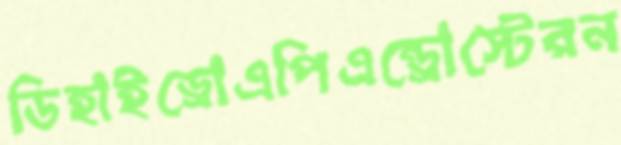
ডিহাইড্রোএপিএন্ড্রোস্টেরন